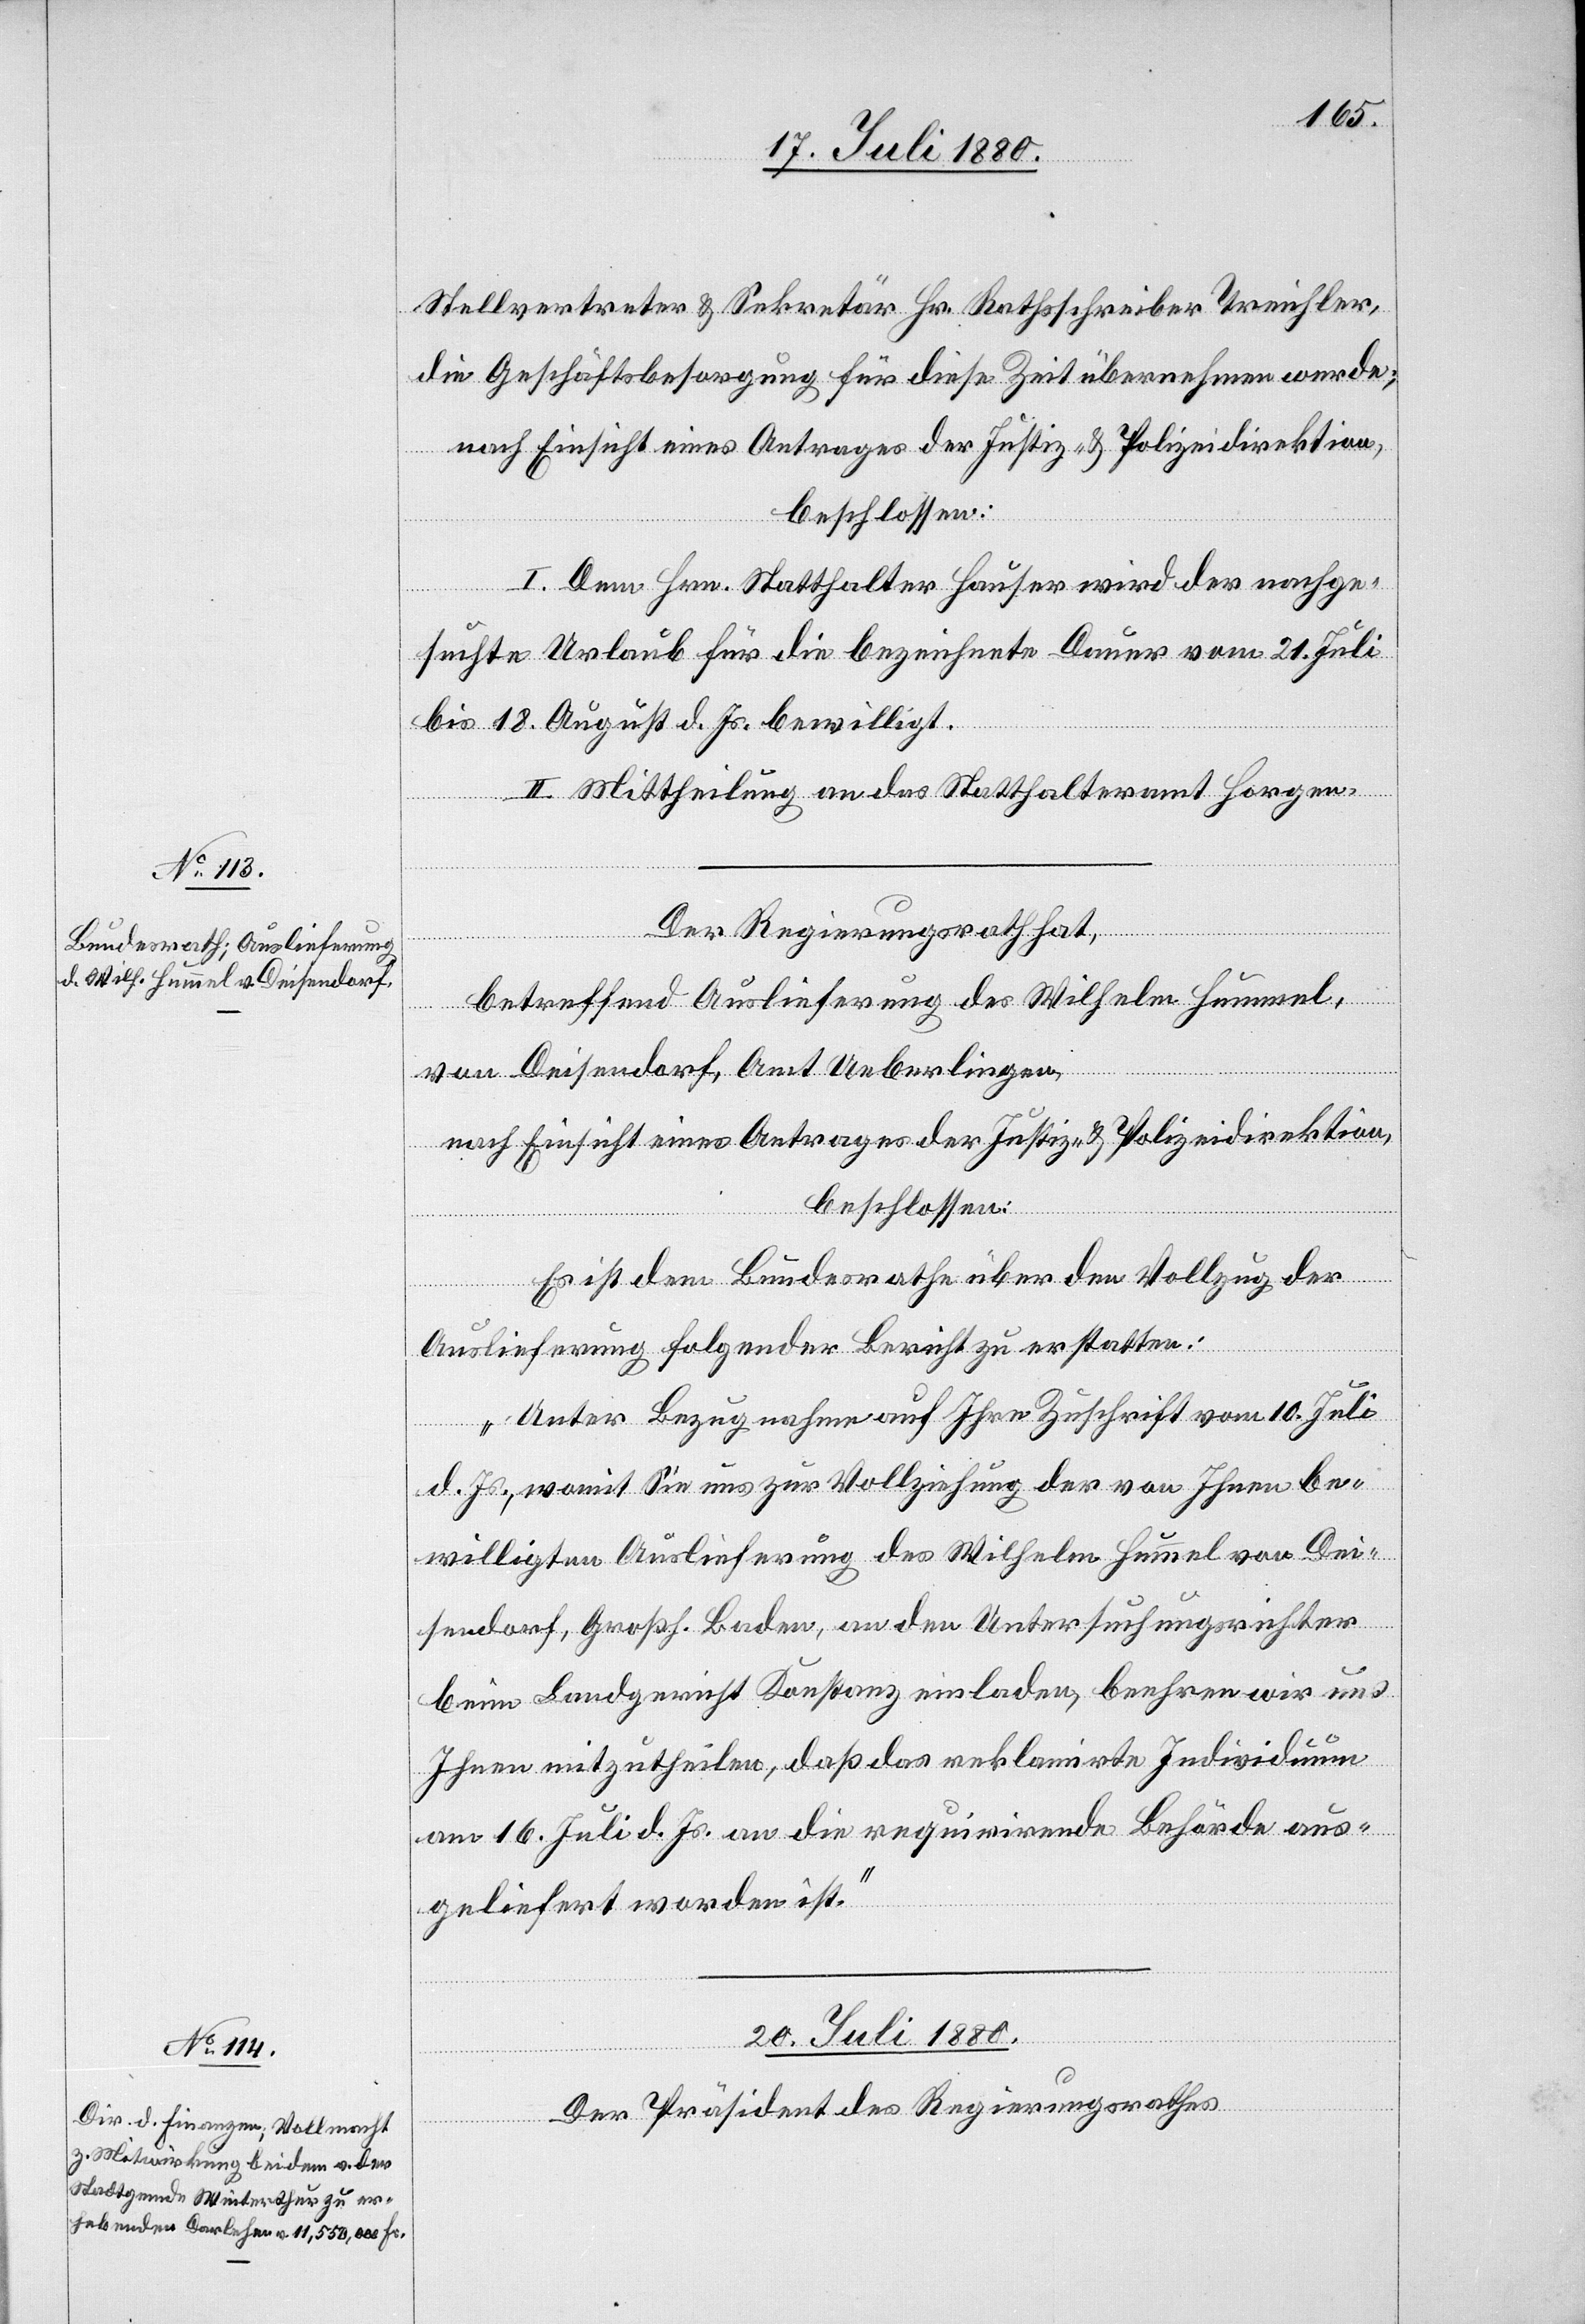
19. Juli 1880.]
Stellvertreter & Sekretär Hr. Rathsschreiber Treichler,
die Geschäftsbesorgung für diese Zeit übernehmen werde;
nach Einsicht eines Antrages der Justiz- & Polizeidirektion,
beschlossen:
I. Dem Hrn. Statthalter Hauser wird der nachge¬
suchte Urlaub für die bezeichnete Dauer vom 21. Juli
bis 18. August d. Js. bewilligt.
II. Mittheilung an das Statthalteramt Horgen.
Der Regierungsrath hat,
betreffend Auslieferung des Wilhelm Hummel,
von Deisendorf, Amt Ueberlingen,
nach Einsicht eines Antrages der Justiz- & Polizeidirektion,
beschlossen:
Es ist dem Bundesrath über den Vollzug der
Auslieferung folgender Bericht zu erstatten:
„Unter Bezugnahme auf Ihre Zuschrift vom 10. Juli
d. Js., womit Sie uns zur Vollziehung der von Ihnen be¬
willigten Auslieferung des Wilhelm Hummel von Dei¬
sendorf, Großh. Baden, an den Untersuchungsrichter
beim Landgericht Konstanz einladen, beehren wir uns
Ihnen mitzutheilen, daß das reklamirte Individuum
am 16. Juli d. Js. an die requirirende Behörde aus¬
geliefert worden ist.“
20. Juli 1880.
Der Präsident des Regierungsrathes,